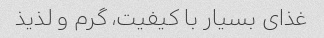
غذای بسیار با کیفیت، گرم و لذیذ